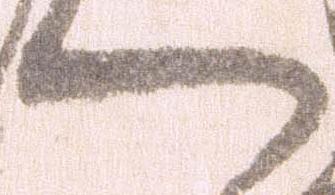
へ